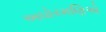
અઘોરમણિએ